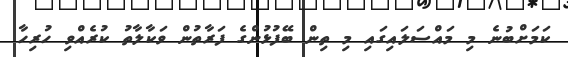
ކަމަށްބުނެ މި މައްސަލައިގައި މި ތިން ބޭފުޅުންގެ ފަރާތުން ވަކާލާތު ކުރެއްވި ހުރިހާ